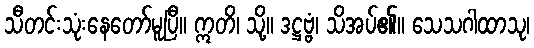
သီတင်းသုံးနေတော်မူပြီ။ ဣတိ၊ သို့။ ဒဋ္ဌဗ္ဗံ၊ သိအပ်၏။ သေသဂါထာသု၊